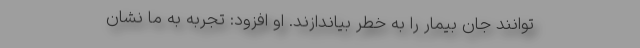
‌توانند جان بیمار را به خطر بیاندازند. او افزود: تجربه به ما نشان